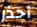
أحذر